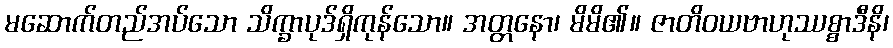
မဆောက်တည်အပ်သော သိက္ခာပုဒ်ရှိကုန်သော။ အတ္တနော၊ မိမိ၏။ ဇာတိဝယဗာဟုဿစ္စာဒီနိ၊